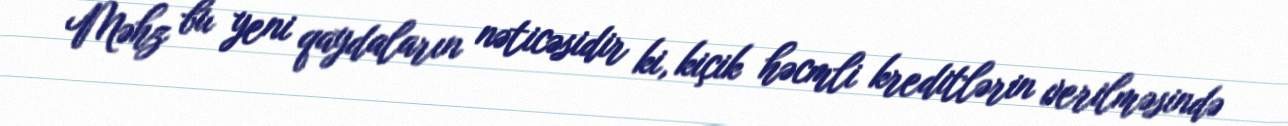
Məhz bu yeni qaydaların nəticəsidir ki, kiçik həcmli kreditlərin verilməsində